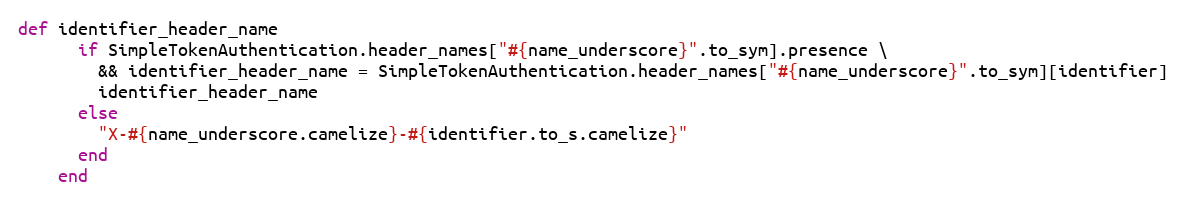
Language: Ruby
def identifier_header_name
      if SimpleTokenAuthentication.header_names["#{name_underscore}".to_sym].presence \
        && identifier_header_name = SimpleTokenAuthentication.header_names["#{name_underscore}".to_sym][identifier]
        identifier_header_name
      else
        "X-#{name_underscore.camelize}-#{identifier.to_s.camelize}"
      end
    end